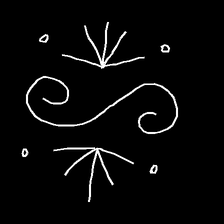
Glyph: aeroform